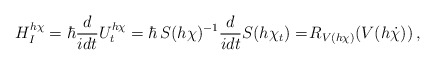
\begin{align*}H_{I}^{h\chi}=\hbar\frac{d}{idt}U_t^{h\chi}=\hbar\, S(h\chi)^{-1}\frac{d}{idt}S(h\chi_t)=\!R_{V(h\chi)}(V(h\dot{\chi}))\,,\end{align*}